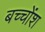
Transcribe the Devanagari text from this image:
बच्चोंश